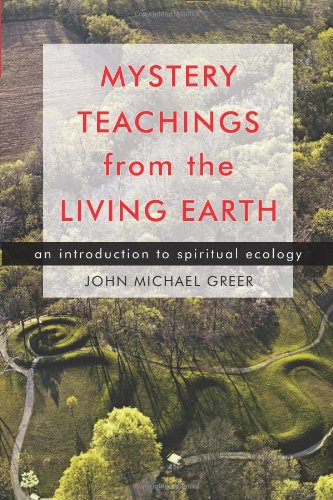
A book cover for Mystery Teachings from the Living Earth: An Introduction to Spiritual Ecology; John Michael Greer; Religion & Spirituality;